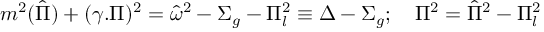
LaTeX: m ^ { 2 } ( \hat { \Pi } ) + ( \gamma . \Pi ) ^ { 2 } = { \hat { \omega } } ^ { 2 } - \Sigma _ { g } - \Pi _ { l } ^ { 2 } \equiv \Delta - \Sigma _ { g } ; \quad \Pi ^ { 2 } = \hat { \Pi } ^ { 2 } - \Pi _ { l } ^ { 2 }